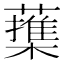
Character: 𦿕